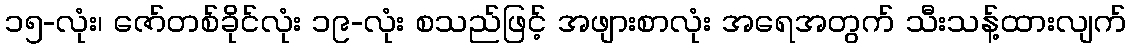
၁၅-လုံး၊ ဇော်တစ်ခိုင်လုံး ၁၉-လုံး စသည်ဖြင့် အဖျားစာလုံး အရေအတွက် သီးသန့်ထားလျက်